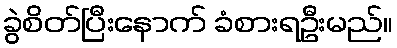
ခွဲစိတ်ပြီးနောက် ခံစားရဦးမည်။